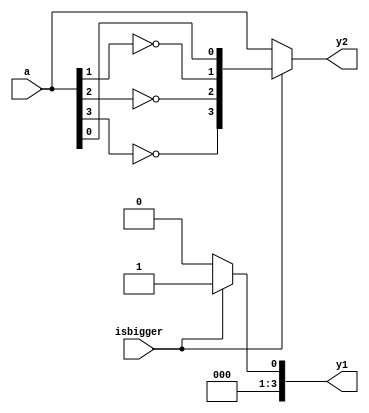
module coder(
	input isbigger,
	input wire[3:0] a,
	output reg[3:0] y1,
	output reg[3:0] y2
);
	integer i;
	always @(*) begin //******
		if(isbigger==1'b0)
			begin
				y1=4'b0000;
				y2=a;
			end
		else
		begin
			y1=4'b0001;
			y2={~a[3],~a[2],~a[1],a[0]};
		end
	end
endmodule